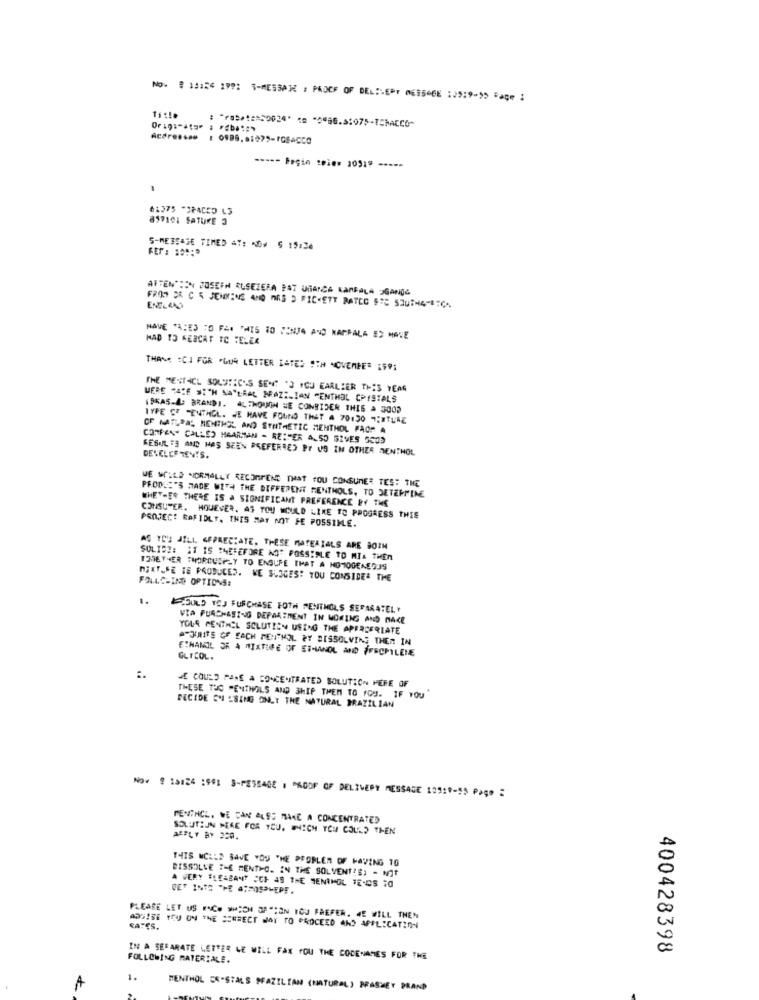
No. # 13:54 1991 5-MESSA1 ; PROEF OF DELIVERY MESSO6E 12519-25 a⑈ 1
Title
61375 "SPACEO L3
817101 SATURE 3
5-MESSAGE TIMED 47: * D# 5 15:36
ATTEN":EN JOSEFN AUSEZERA BAT UMANCA KANFALA OGANOĞ
FROM DR C 5 JENKINS AND MRS D PICKETT RATCO SIC 5208H4-BIC-
HAVE "A:ES "0 FAR THIS TO SONJA AND NAPPALA ES MANE
HAD TO KERCAT TO TELER
THANK :CJ FOR "GUR LETTER DATES PIN NOVEMBER :SV:
THE MEST-CL SOLUTIC'S SET 'S YOU EARLIER THIS YEAR
WERE "ACE SICH MALRAL BRAZILIAN "ENTHAL CPISTALS
IBRAS-A: BRANDJ. ALTHOION SE CONSIDER THIS A 5000
TYPE CE TENTHGL. WE HAVE FOUND THAT A 70130 7:#TURE
OF NATURAL MENTHOL AND SYNTHETIC MENTHOL FAOF A
COMPANY CALLED HAARMAN - REITER ALSO GIVES 5003
RESUL " AND HAS SEEN PREFERRED PT US IN OTHER MENTHOL
DEVELCE TENTS.
WE WOULD NORMALLY RECOMMEND THAT YOU CONSUMER TES: THE
PRODE:"S MADE WITH THE DIFFERENT MENTHOLS, TO DETERMINE
WHETHER THERE IS A SIGNIFICANT PREFERENCE BY THE
CONSUMER. HOUEVER. AS TOU WOULD LIKE TO PROGRESS THEE
PROJEC! RAPIDLY, THIS MAY NOT FE POSSIME.
AS TES JILL APPRECIATE. THESE MATERIALS ARE BOIN
SULISZ: IT IS THEREFORE NOT POSSIBLE TO MIA THEN
1356 THER MORCUSPLY TO ENSURE THAT # HOMOGENEOUS
NEXT,SE TE PRODUCED. WE BLOGES: YOU CONSIDER THE
FOLLOWING OPTIONS:
1.
COULD YOU FURCHASE FOTH MENTHOLS SEPARATELY
VIA PURCHASING DEPARTMENT IN WOKING AND MAKE
YOUR PENTHEL SCLUTIEN USING THE APERCERIATE
AJUNITS OF EACH MENTHOL PY DISSOLVING THEM IN
ETHANIL OR A MIXTURE OF ETHANOL AND FFECPYLENE
GLICOL.
:.
JE COULD PANE A CONCENTRATED SOLUTION PERE OF
THESE TUC "ENTHOILS AND SHIP THEM TO YOU. IF YOU'
DECIDE ON USING ONLY THE NATURAL BRAZILIAN
Nov 9 10:24 :961 8-MESSAGE : "ROOF OF DELIVERY MESSAGE 10918-55 Pago :
PENTHCL, WE CAN ALSO MAKE A CONCENTRATED
SOLUTION MEAE FOR YOU, WHICH YOU COULD THEN
APPLY BY 200.
THIS MCLLD SAVE YOU THE PROBLEM OF HAVING 10
BISSOLVE THE MENTHO. IN THE SOLVENTS) - MIT
A VERY "LEABANT CCI 48 THE TENIMOL TE-05 10
DET INTO THE ATMOSPHERE.
PLEASE LET US FACE WHICH OP"HON YOU PREFER. WE WILL THEN
ADMISE YOU ON THE SENSECT NOT TO PROCEED AND APPLICATION
CATES.
400428398
IN A SEPARATE LETTER LE WILL FAX YOU THE CODENAMES FOR THE
FOLLOWING MATERIALE.
1.
A
MENTHOL CE"STALS PFAZILIAN (NATURAL) PRASMET PRAND